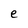
Character: e